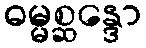
ဓမ္မစ္ဆန္ဒော